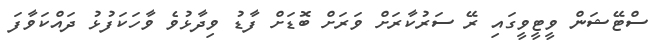
ސްޓޭޝަން ވީޓީވީގައި ރޭ ސަރުކާރަށް ވަރަށް ބޮޑަށް ފާޑު ވިދާޅުވެ ވާހަކަފުޅު ދައްކަވާފަ